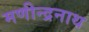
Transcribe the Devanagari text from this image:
मणीन्द्रनाथ